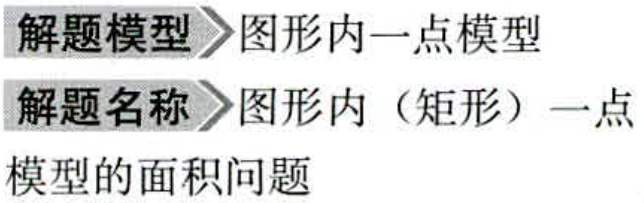
解题模型 \(\rhd\) 图形内一点模型
解题名称 \(\rhd\) 图形内（矩形）一点
模型的面积问题